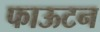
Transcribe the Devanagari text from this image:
फाऊटन